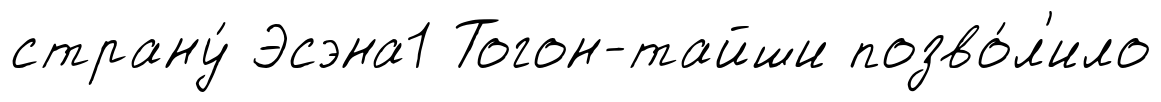
страну́ Эсэна1 Тогон-тайши позво́л'ило